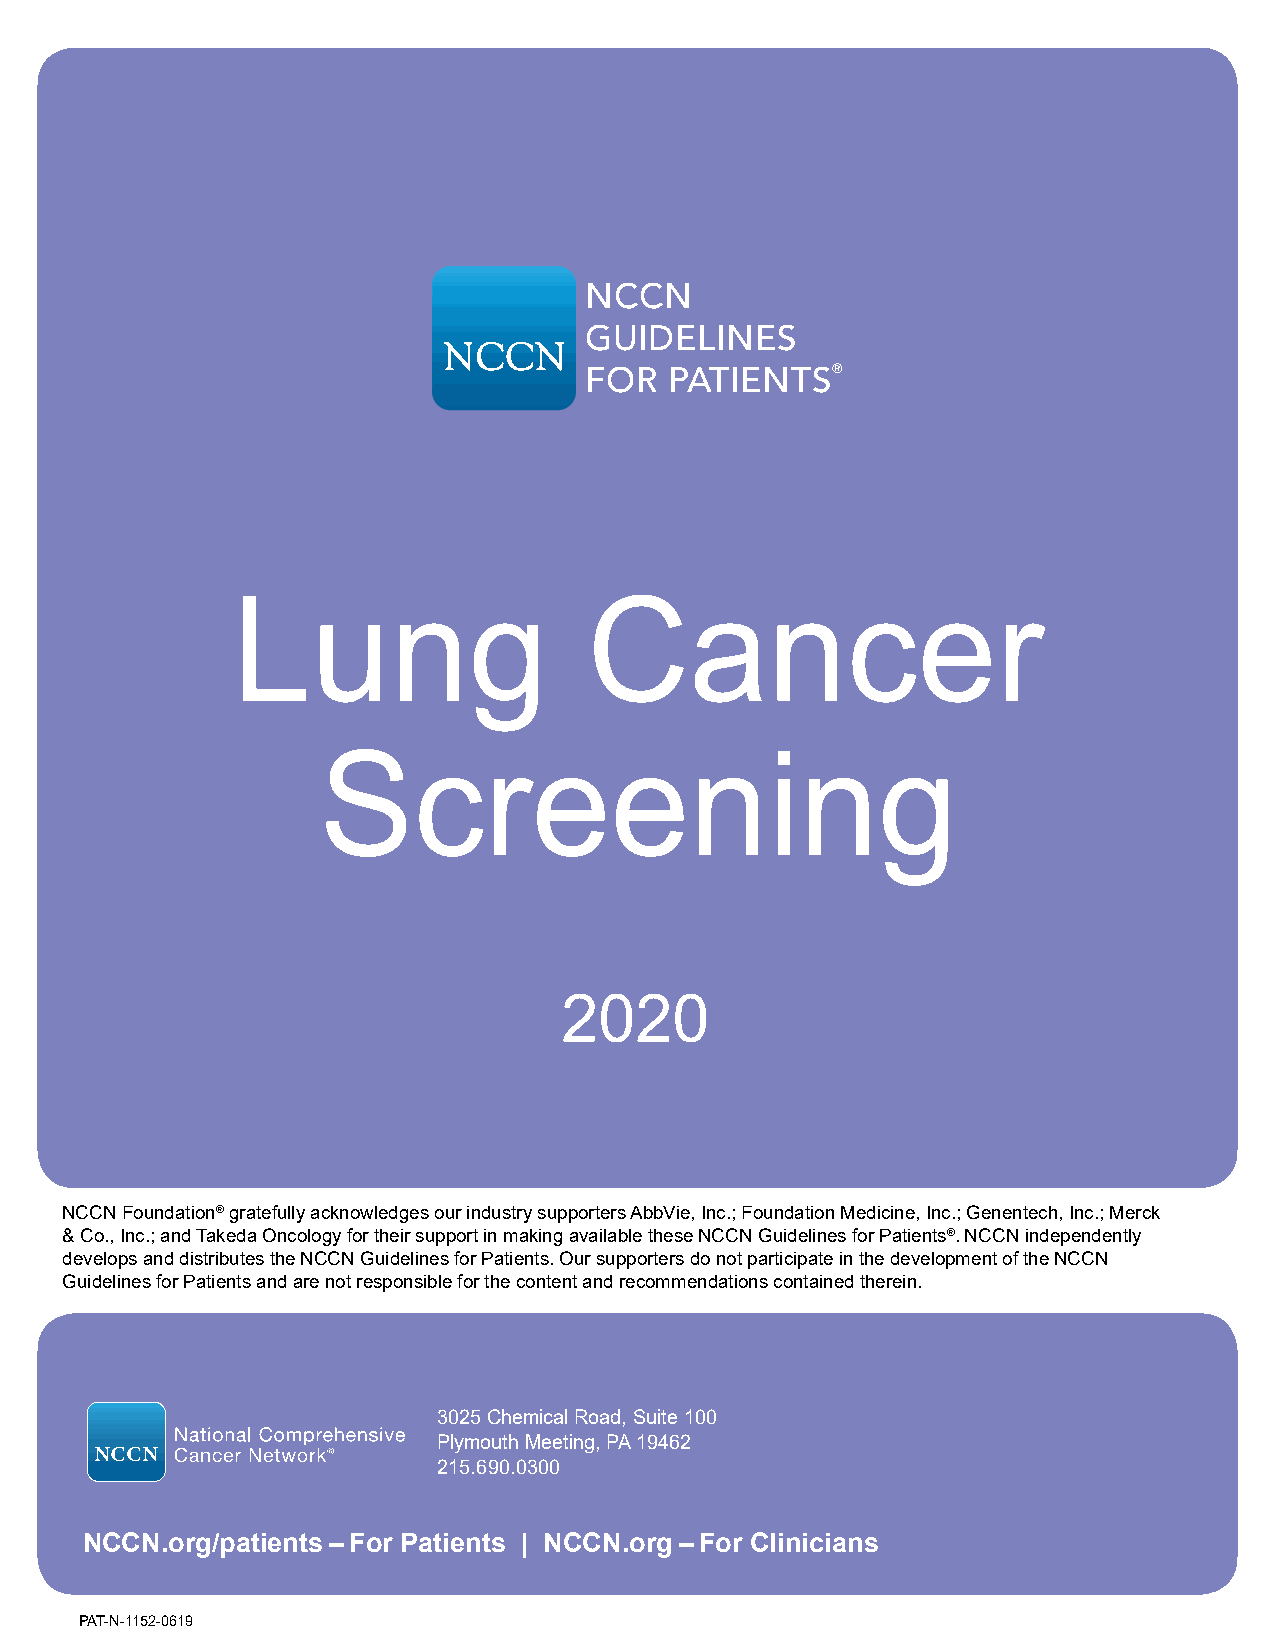
NCCN
 GUIDELINES
 FOR  PATIENTS®
 Lung                    Cancer
 Screening
 2020
 NCCN Foundation® gratefully acknowledges our industry supporters AbbVie, Inc.; Foundation Medicine, Inc.; Genentech, Inc.; Merck
 & Co., Inc.; and Takeda Oncology for their support in making available these NCCN Guidelines for Patients®. NCCN independently
 develops and distributes the NCCN Guidelines for Patients. Our supporters do not participate in the development of the NCCN
 Guidelines for Patients and are not responsible for the content and recommendations contained therein.
 3025 Chemical Road, Suite 100
 Plymouth Meeting, PA 19462
 215.690.0300
 NCCN.org/patients – For Patients | NCCN.org – For Clinicians
 PAT-N-1152-0619